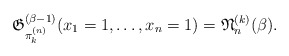
\begin{gather*}\mathfrak{G}_{\pi_{k}^{(n)}}^{(\beta-1)}(x_1=1,\ldots,x_n=1)=\mathfrak{N}_n^{(k)}(\beta).\end{gather*}